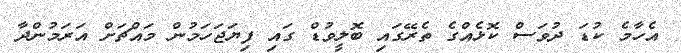
އެހާމެ ކުޑަ ދުވަސް ކޮޅެއްގެ ތެރޭގައި ބޮލީވުޑް ގައި ފިޔަޖަހަމުން މައްޗަށް އަރަމުންދާ